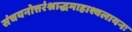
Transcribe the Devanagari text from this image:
संचयनोत्तरंश्राद्धमाहाश्वलायनः